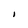
Character: I